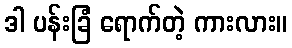
ဒါ ပန်းခြံ ရောက်တဲ့ ကားလား။